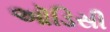
ઑડિસી